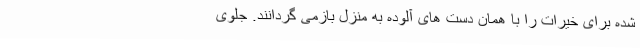
شده برای خیرات را با همان دست های آلوده به منزل بازمی گردانند. جلوی